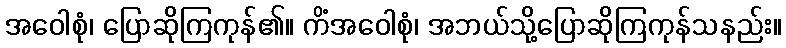
အဝေါစုံ၊ ပြောဆိုကြကုန်၏။ ကိံအဝေါစုံ၊ အဘယ်သို့ပြောဆိုကြကုန်သနည်း။